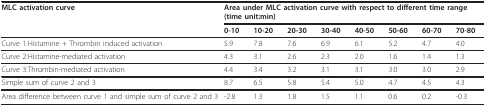
| MLC activation curve | <COLSPAN=8> Area under MLC activation curve with respect to different time range (time unit:min) |
 |  | 0-10 | 10-20 | 20-30 | 30-40 | 40-50 | 50-60 | 60-70 | 70-80 |
 | --- | --- | --- | --- | --- | --- | --- | --- | --- |
 | Curve 1:Histamine + Thrombin induced activation | 5.9 | 7.8 | 7.6 | 6.9 | 6.1 | 5.2 | 4.7 | 4.0 |
 | Curve 2:Histamine-mediated activation | 4.3 | 3.1 | 2.6 | 2.3 | 2.0 | 1.6 | 1.4 | 1.3 |
 | Curve 3:Thrombin-mediated activation | 4.4 | 3.4 | 3.2 | 3.1 | 3.1 | 3.0 | 3.0 | 2.9 |
 | Simple sum of curve 2 and 3 | 8.7 | 6.5 | 5.8 | 5.4 | 5.0 | 4.7 | 4.5 | 4.3 |
 | Area difference between curve 1 and simple sum of curve 2 and 3 | -2.8 | 1.3 | 1.8 | 1.5 | 1.1 | 0.6 | 0.2 | -0.3 |